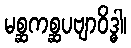
မစ္ဆကစ္ဆပဗျာဝိဒ္ဓါ၊